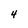
Character: 4